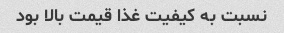
نسبت به کیفیت غذا قیمت بالا بود